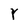
Character: Y